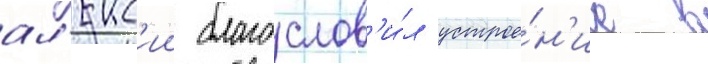
ал'екс'ии благослов'и́л устрое́н'ие в